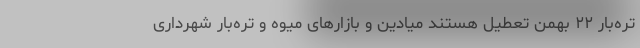
تره‌بار ۲۲ بهمن تعطیل هستند میادین و بازارهای میوه و تره‌بار شهرداری